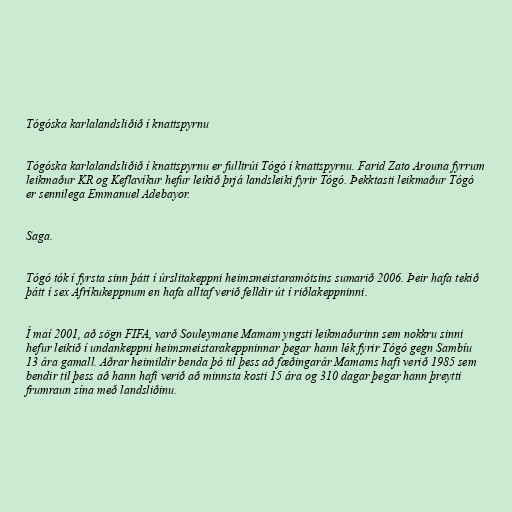
Tógóska karlalandsliðið í knattspyrnu

Tógóska karlalandsliðið í knattspyrnu er fulltrúi Tógó í knattspyrnu. Farid Zato Arouna fyrrum
leikmaður KR og Keflavíkur hefur leikið þrjá landsleiki fyrir Tógó. Þekktasti leikmaður Tógó
er sennilega Emmanuel Adebayor.

Saga.

Tógó tók í fyrsta sinn þátt í úrslitakeppni heimsmeistaramótsins sumarið 2006. Þeir hafa tekið
þátt í sex Afríkukeppnum en hafa alltaf verið felldir út í riðlakeppninni.

Í maí 2001, að sögn FIFA, varð Souleymane Mamam yngsti leikmaðurinn sem nokkru sinni
hefur leikið í undankeppni heimsmeistarakeppninnar þegar hann lék fyrir Tógó gegn Sambíu
13 ára gamall. Aðrar heimildir benda þó til þess að fæðingarár Mamams hafi verið 1985 sem
bendir til þess að hann hafi verið að minnsta kosti 15 ára og 310 dagar þegar hann þreytti
frumraun sína með landsliðinu.